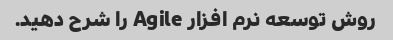
روش توسعه نرم افزار Agile را شرح دهید.